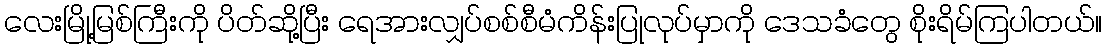
လေးမြို့မြစ်ကြီးကို ပိတ်ဆို့ပြီး ရေအားလျှပ်စစ်စီမံကိန်းပြုလုပ်မှာကို ဒေသခံတွေ စိုးရိမ်ကြပါတယ်။